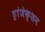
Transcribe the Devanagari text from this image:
ट्रांजेक्‍शन